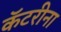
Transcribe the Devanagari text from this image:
कॅटरीना